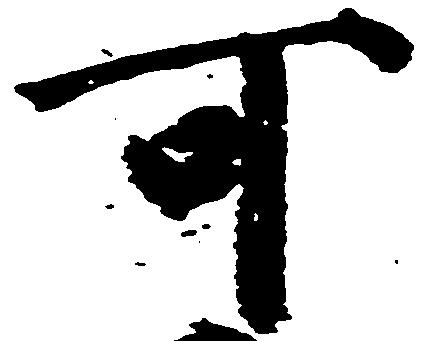
可